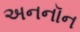
અનનૉન